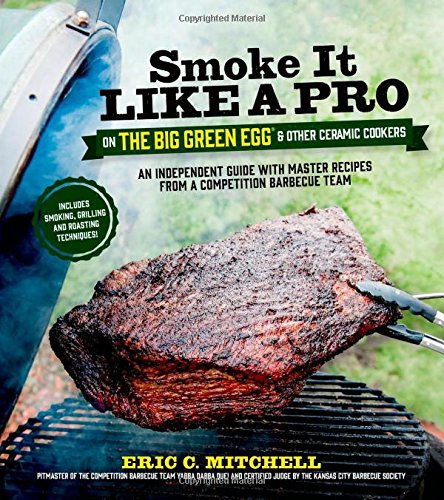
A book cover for Smoke It Like a Pro on the Big Green Egg & Other Ceramic Cookers: An Independent Guide with Master Recipes from a Competition Barbecue Team--Includes Smoking, Grilling and Roasting Techniques; Eric Mitchell; Cookbooks, Food & Wine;